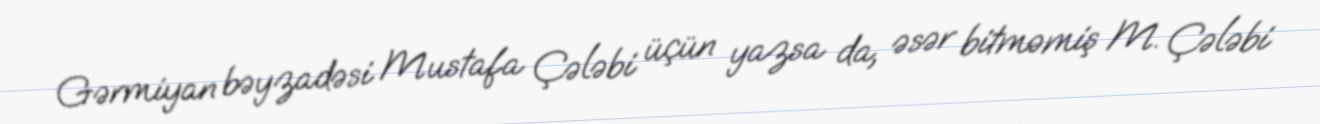
Gərmiyan bəyzadəsi Mustafa Çələbi üçün yazsa da, əsər bitməmiş M. Çələbi